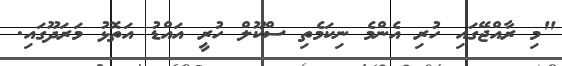
"މި ރާއްޖޭގައި ހުރި އެންމެ ނިކަމެތި ސްކޫލް ހުރީ އައްޑު އަތޮޅު މަރަދޫގައި.